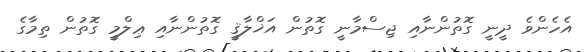
އެހެންވެ ދީނީ ގޮތުންނާއި ޖިސްމާނީ ގޮތުން އަޚްލާޤީ ގޮތުންނާއި ޢިލްމީ ގޮތުން ތިމާގެ